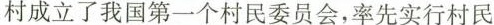
村成立了我国第一个村民委员会，率先实行村民